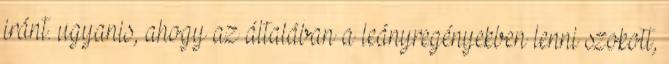
iránt. ugyanis, ahogy az általában a leányregényekben lenni szokott,